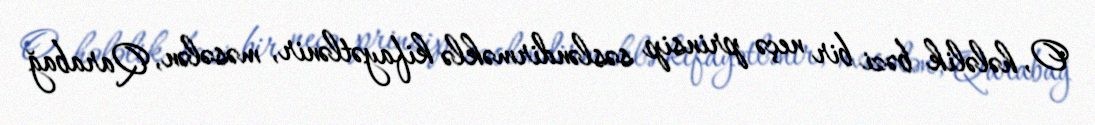
O, hələlik bəzi bir neçə prinsip səsləndirməklə kifayətlənir, məsələn, Qarabağ